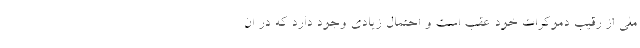
ملی از رقیب دموکرات خود عقب است و احتمال زیادی وجود دارد که در ان